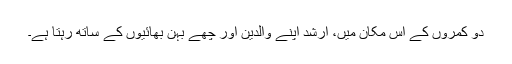
دو کمروں کے اس مکان میں، ارشد اپنے والدین اور چھے بہن بھائیوں کے ساتھ رہتا ہے۔